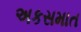
અકસમાત